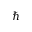
\hbar